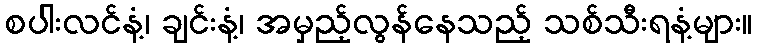
စပါးလင်နံ့၊ ချင်းနံ့၊ အမှည့်လွန်နေသည့် သစ်သီးရနံ့များ။